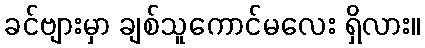
ခင်ဗျားမှာ ချစ်သူကောင်မလေး ရှိလား။